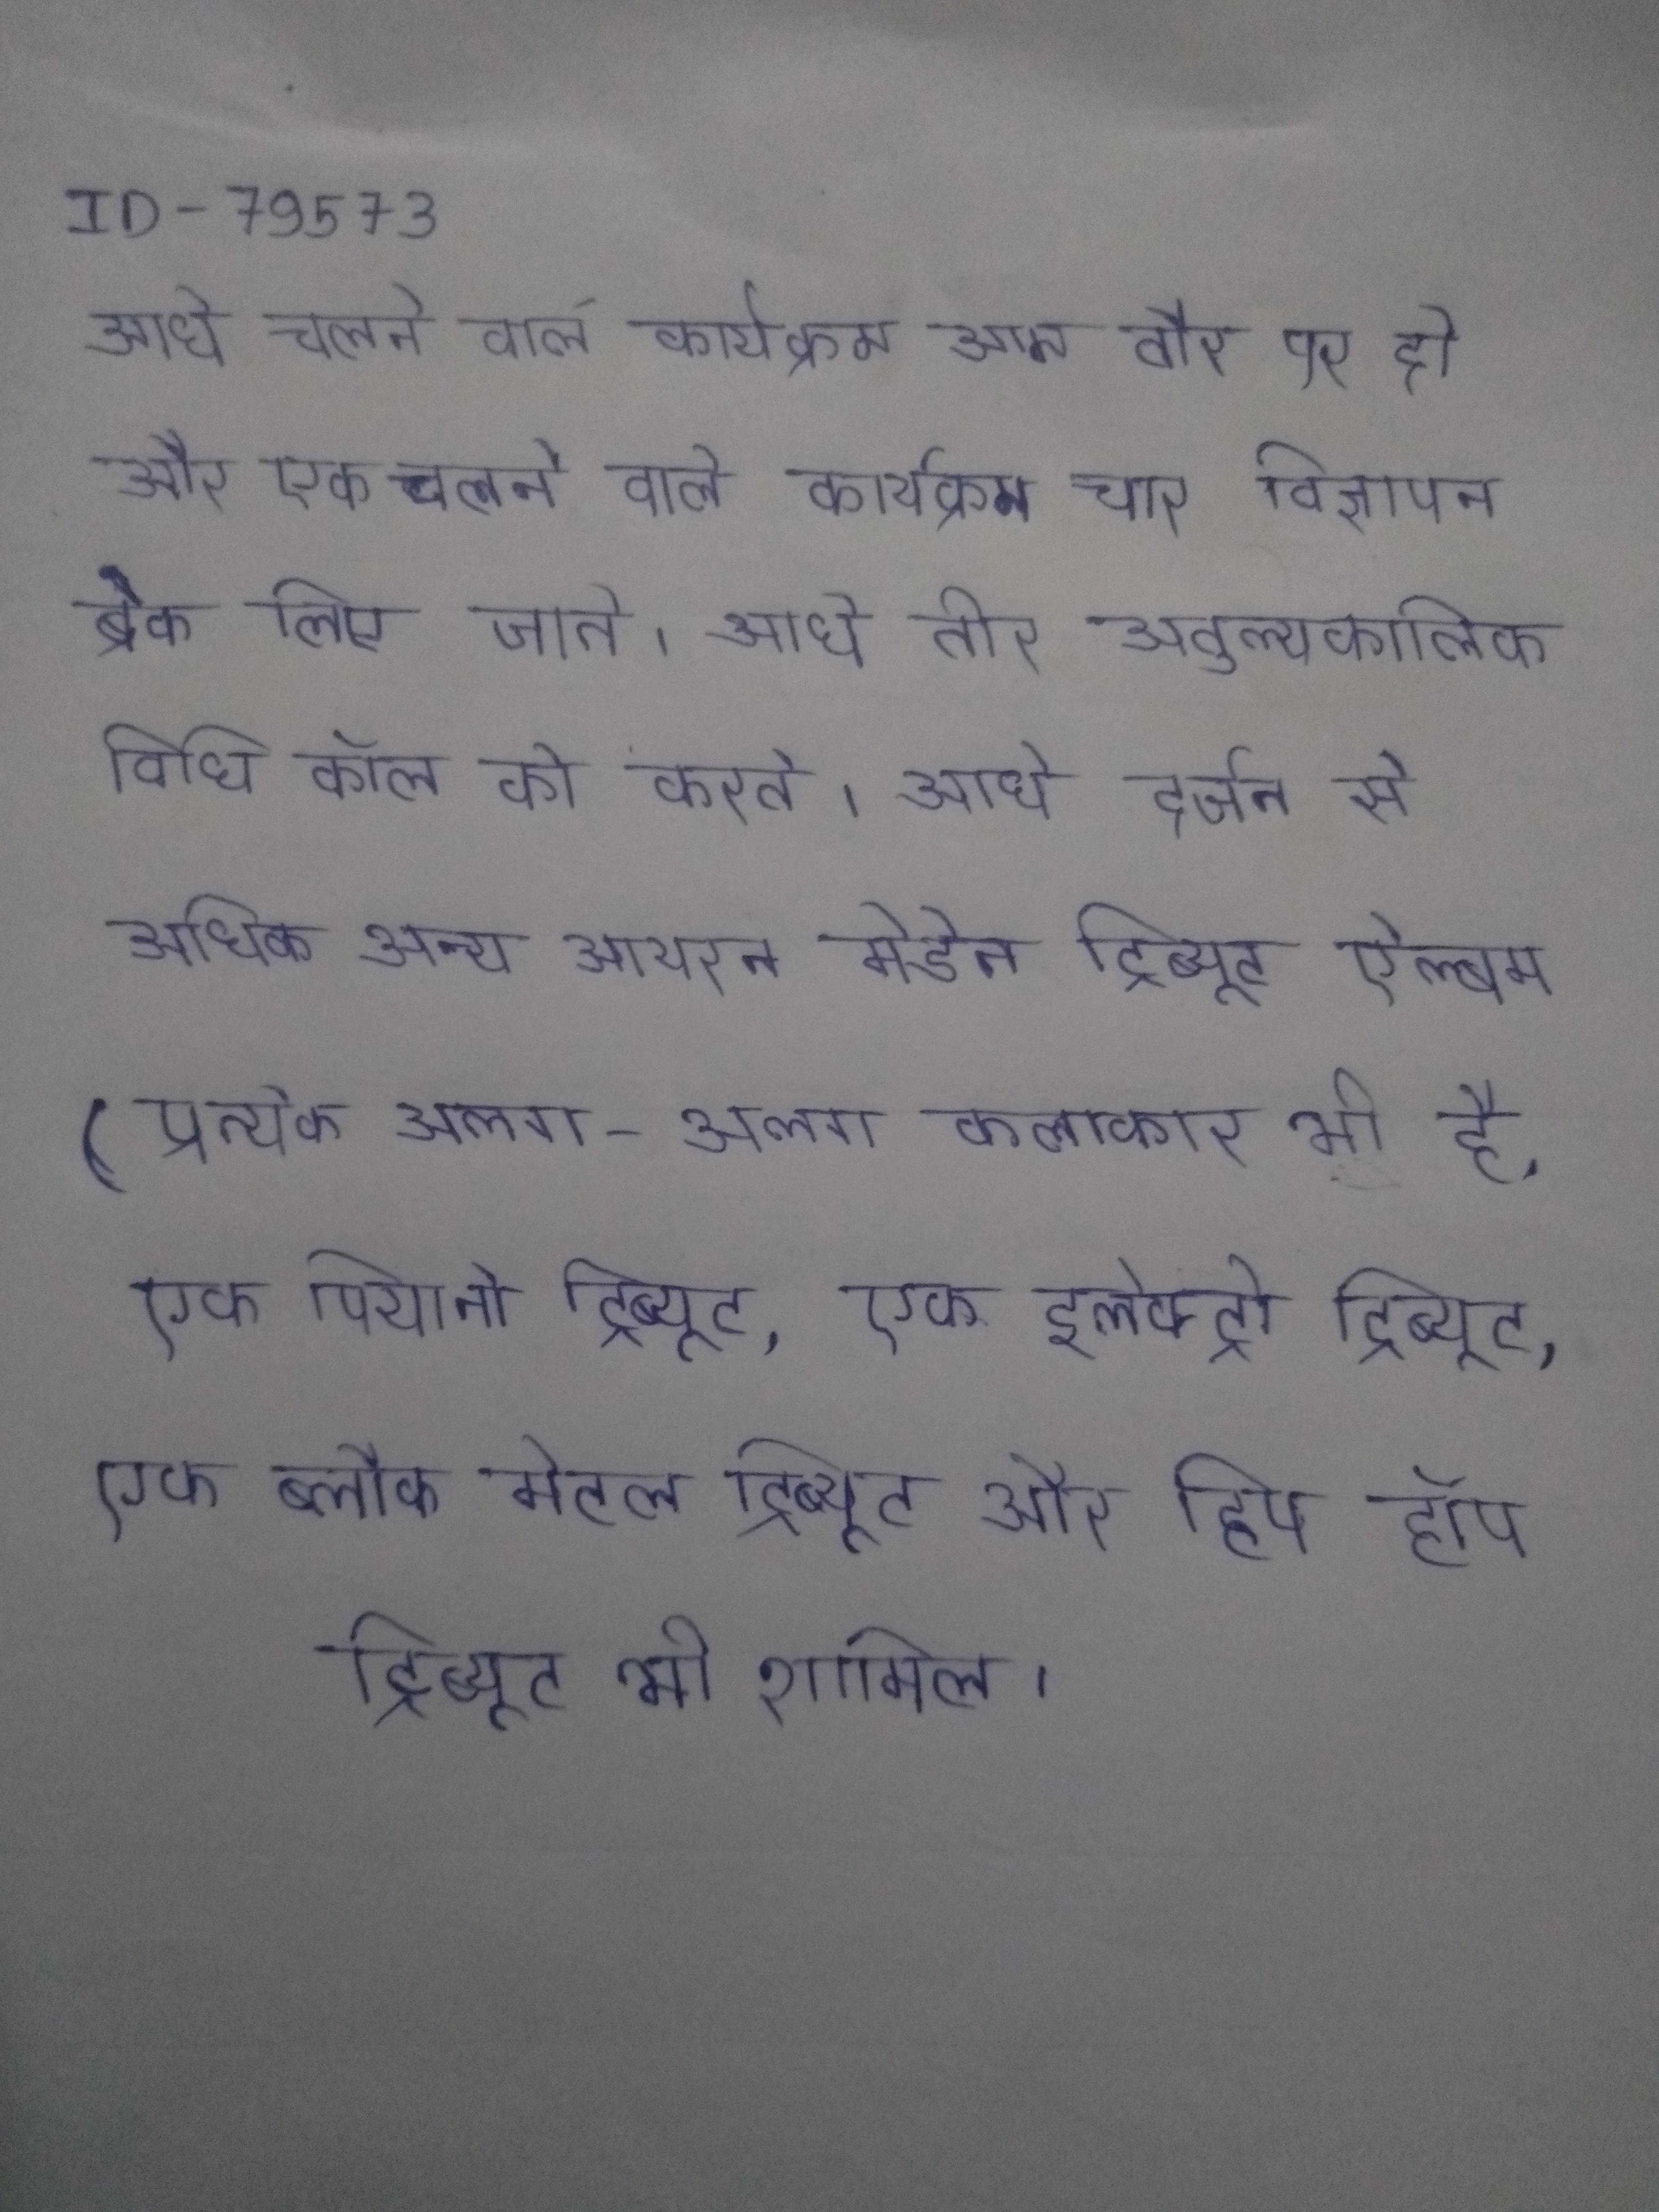
आधे चलने वाले कार्यक्रम आम तौर पर दो और एक चलने वाले कार्यक्रम चार विज्ञापन ब्रेक लिए जाते । आधे तीर अतुल्यकालिक विधि कॉल को करते । आधे दर्जन से अधिक अन्य आयरन मेडेन ट्रिब्यूट ऐल्बम (प्रत्येक अलग-अलग कलाकार भी है, एक पियानो ट्रिब्यूट, एक इलेक्ट्रो ट्रिब्यूट, एक ब्लैक मेटल ट्रिब्यूट और हिप हॉप ट्रिब्यूट भी शामिल ।